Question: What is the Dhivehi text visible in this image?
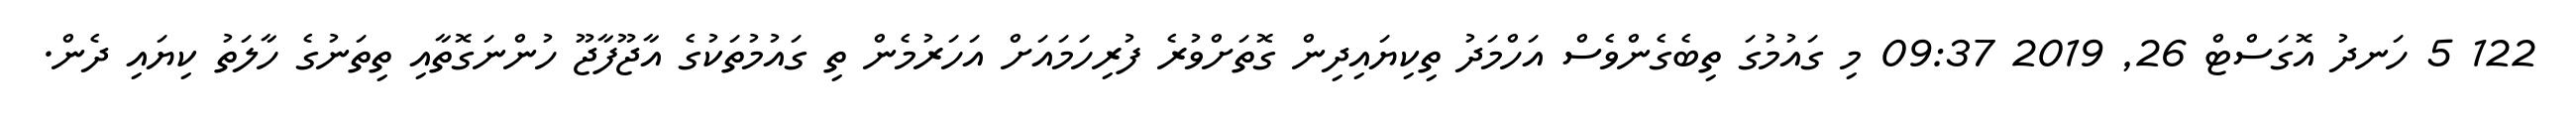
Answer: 122 5 ހަނދު އޮގަސްޓް 26, 2019 09:37 މި ގައުމުގަ ތިބެގެންވެސް އަހްމަދު ތިކިޔައިދިން ގޮތަށްވުރެ ފުރިހަމައަށް އަހަރުމެން ތި ގައުމުތަކުގެ އާޖޫފާޖޫ ހުންނަގޮތާއި ތިތަނުގެ ހާލަތު ކިޔައި ދެން.